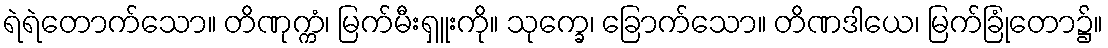
ရဲရဲတောက်သော။ တိဏုက္ကံ၊ မြက်မီးရှူးကို။ သုက္ခေ၊ ခြောက်သော။ တိဏဒါယေ၊ မြက်ခြုံတော၌။